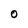
Character: O